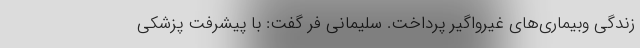
زندگی وبیماری‌های غیرواگیر پرداخت. سلیمانی فر گفت: با پیشرفت پزشکی